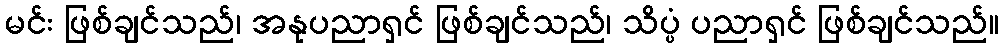
မင်း ဖြစ်ချင်သည်၊ အနုပညာရှင် ဖြစ်ချင်သည်၊ သိပ္ပံ ပညာရှင် ဖြစ်ချင်သည်။